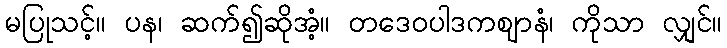
မပြုသင့်။ ပန၊ ဆက်၍ဆိုအံ့။ တဒေဝပါဒကဈာနံ၊ ကိုသာ လျှင်။